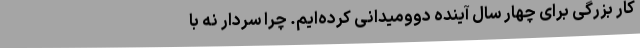
کار بزرگی برای چهار سال آینده دوومیدانی کرده‌ایم. چرا سردار نه با